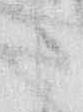
よ